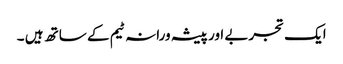
ایک تجربے اور پیشہ ورانہ ٹیم کے ساتھ ہیں ۔